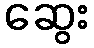
ဆွေး